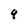
Character: 9